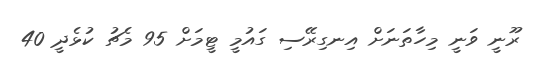
ރޫނީ ވަނީ މިހާތަނަށް އިނގިރޭސި ގައުމީ ޓީމަށް 95 މެޗު ކުޅެދީ 40